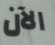
الآن